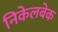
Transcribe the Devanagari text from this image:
निकेलबेक